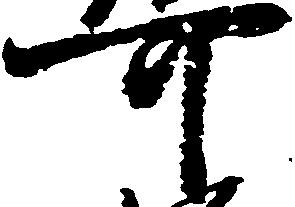
可